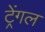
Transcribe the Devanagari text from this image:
ट्रेंगल